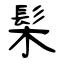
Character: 髤